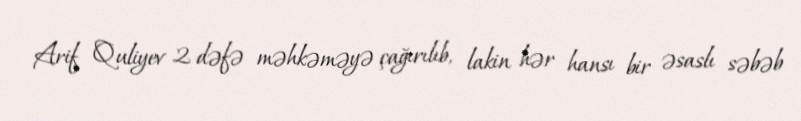
Arif Quliyev 2 dəfə məhkəməyə çağırılıb, lakin hər hansı bir əsaslı səbəb